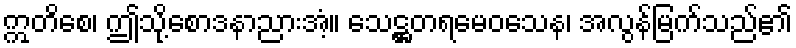
ဣတိစေ၊ ဤသို့စောဒနာညားအံ့။ သေဋ္ဌတရမေဝသေန၊ အလွန်မြက်သည်၏